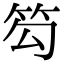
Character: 𥬉